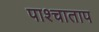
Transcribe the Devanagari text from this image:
पाश्चाताप